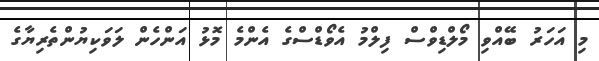
މި އަހަރު ބޭއްވި މޯލްޑިވްސް ފިލްމު އެވޯޑްސްގެ އެންމެ މޮޅު އަންހެން ލަވަކިޔުންތެރިޔާގެ